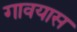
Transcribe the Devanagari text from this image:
गावयास